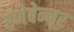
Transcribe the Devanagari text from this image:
रणेबेन्नूर